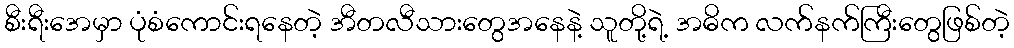
စီးရီးအေမှာ ပုံစံကောင်းရနေတဲ့ အီတလီသားတွေအနေနဲ့ သူတို့ရဲ့ အဓိက လက်နက်ကြီးတွေဖြစ်တဲ့